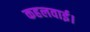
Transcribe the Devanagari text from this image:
कहलवाई।